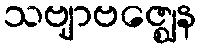
သဗျာဗဇ္ဈေန